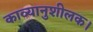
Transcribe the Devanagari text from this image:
काव्यानुशीलक।